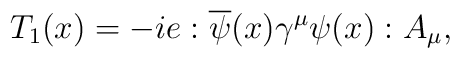
T_1(x)=-ie:\overline{\psi}(x)\gamma^{\mu}\psi(x):A_{\mu},